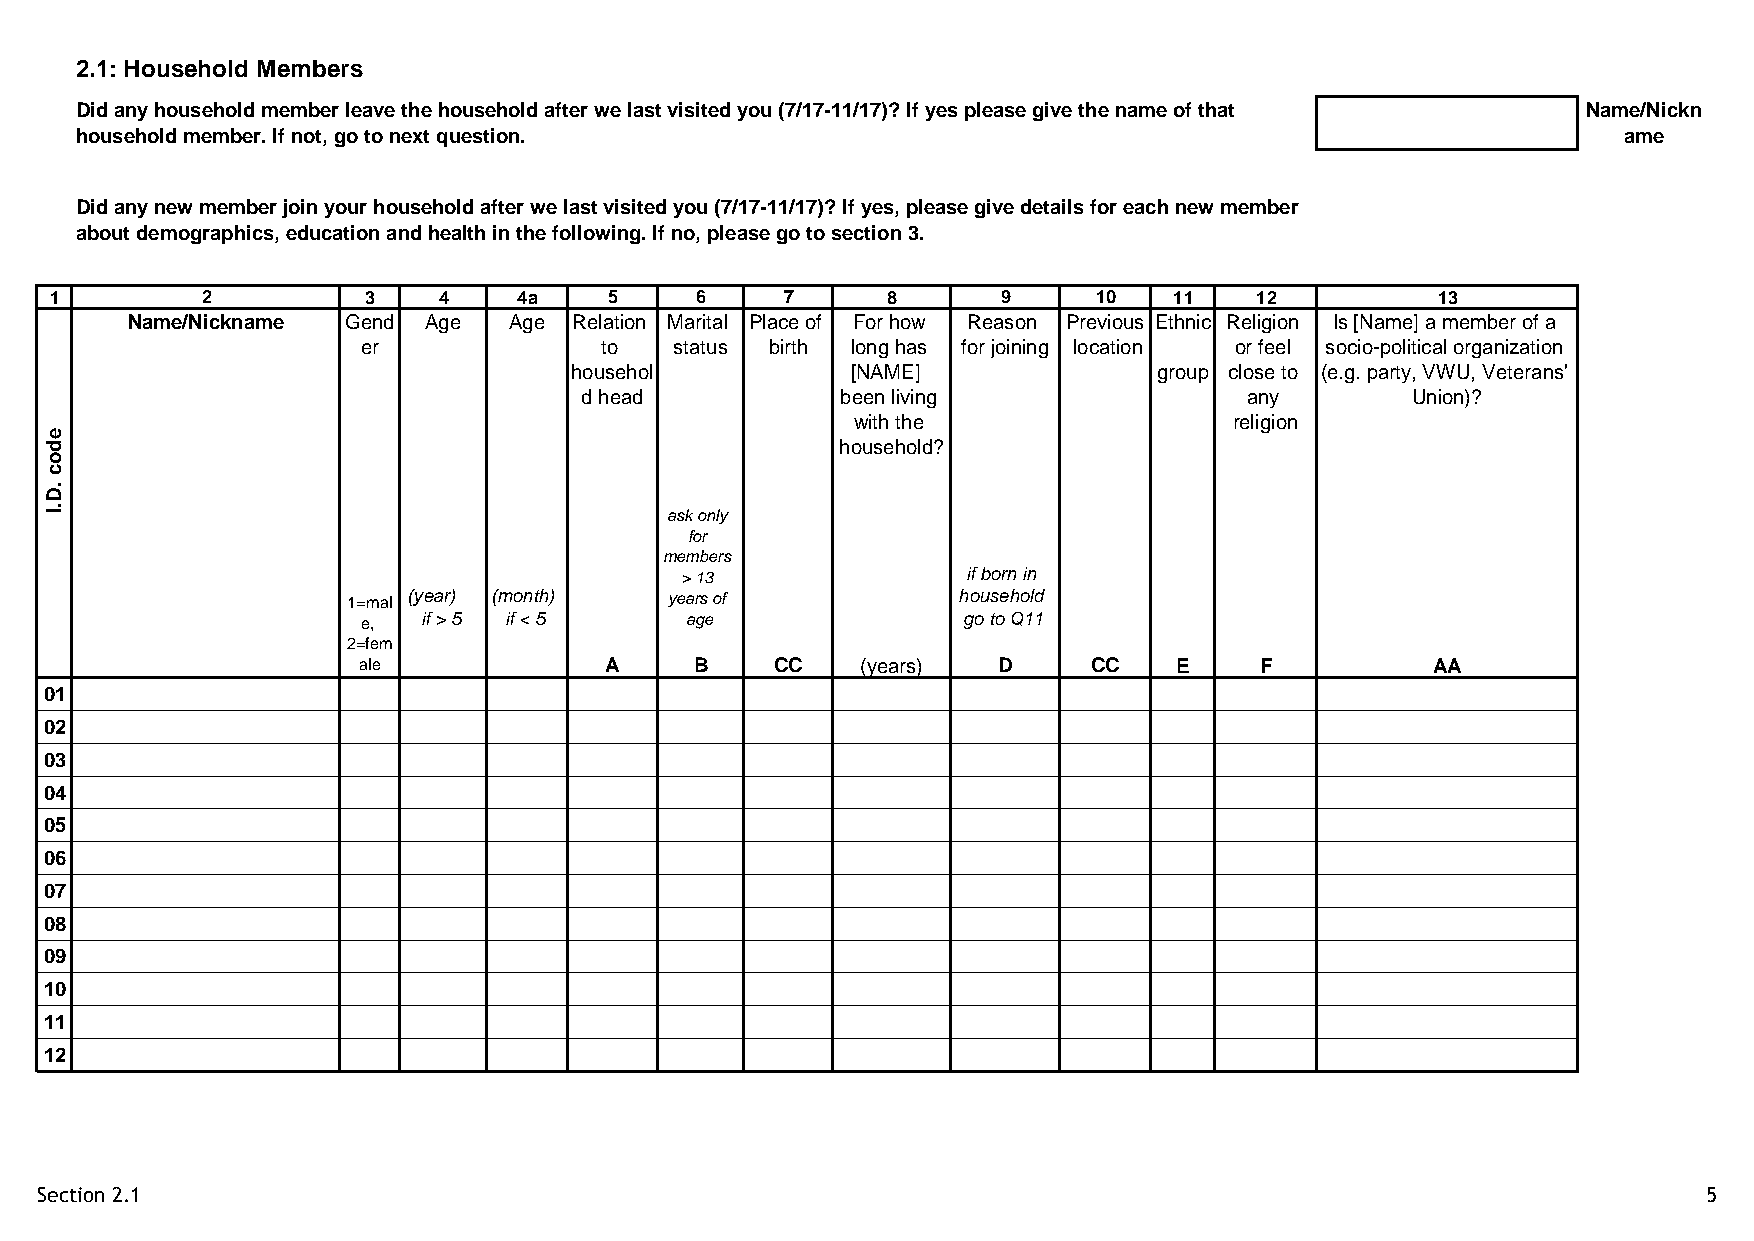
2.1: Household Members
 Did any household member leave the household after we last visited you (7/17-11/17)? If yes please give the name of that Name/Nickn
 household member. If not, go to next question.                                                        ame
 Did any new member join your household after we last visited you (7/17-11/17)? If yes, please give details for each new member
 about demographics, education and health in the following. If no, please go to section 3.
 1         2          3    4    4a    5     6     7      8      9      10   11   12          13
 Name/Nickname  Gend Age   Age Relation Marital Place of For how Reason Previous Ethnic Religion Is [Name] a member of a
 er              to   status birth long has for joining location or feel socio-political organization
 househol          [NAME]               group close to (e.g. party, VWU, Veterans'
 d head            been living                any       Union)?
 with the                 religion
 e
 d                                                    household?
 o
 c
 D.
 I.                                       ask only
 for
 members
 > 13               if born in
 1=mal (year) (month) years of           household
 e,  if > 5 if < 5    age                go to Q11
 2=fem
 ale             A     B    CC    (years)  D     CC    E    F           AA
 01
 02
 03
 04
 05
 06
 07
 08
 09
 10
 11
 12
 Section 2.1                                                                                                    5